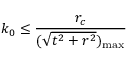
k _ { 0 } \leq \frac { r _ { c } } { ( \sqrt { t ^ { 2 } + r ^ { 2 } } ) _ { \mathrm { m a x } } }